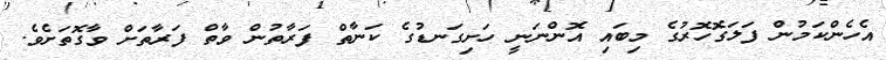
އެހެންކަމުން ފަލަގޮހޮރުގެ މިބައި އޮންނަނީ ހަށިގަނޑުގެ ކަނާތް ފަރާތުން ވާތް ފަރާތަށް ވާގޮތަށެވެ.